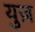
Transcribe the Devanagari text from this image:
युज़